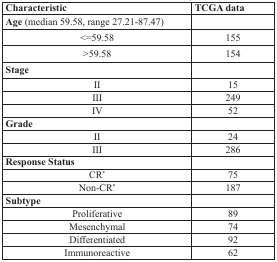
<table><thead><tr><td><b>Characteristic</b></td><td><b>TCGA data</b></td></tr></thead><tbody><tr><td><b>Age</b> (median 59.58, range 27.21-87.47)</td><td></td></tr><tr><td>&lt;=59.58</td><td>155</td></tr><tr><td>&gt;59.58</td><td>154</td></tr><tr><td><b>Stage</b></td><td></td></tr><tr><td>II</td><td>15</td></tr><tr><td>III</td><td>249</td></tr><tr><td>IV</td><td>52</td></tr><tr><td><b>Grade</b></td><td></td></tr><tr><td>II</td><td>24</td></tr><tr><td>III</td><td>286</td></tr><tr><td><b>Response Status</b></td><td></td></tr><tr><td>CR*</td><td>75</td></tr><tr><td>Non-CR*</td><td>187</td></tr><tr><td><b>Subtype</b></td><td></td></tr><tr><td>Proliferative</td><td>89</td></tr><tr><td>Mesenchymal</td><td>74</td></tr><tr><td>Differentiated</td><td>92</td></tr><tr><td>Immunoreactive</td><td>62</td></tr></tbody></table>